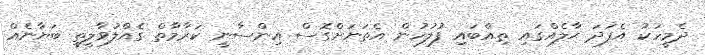
ދެމީހަކު އެފަދަ ޙާލެއްގައި ތިއްބައި ފުލުހުން އެތަނަށްގޮސް އިންސާނީ ކަރާމާތް ގެއްލުވާލީތީ ބަޔާނެއް